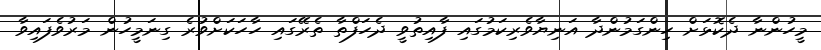
މީހުންނާ ދެކޮޅަށް ހިންގަމުންދާ އަނިޔާވެރިކަމުގައި ފާއިތުވީ ދެހަފްތާ ތެރޭގައި ހާހަކަށްވުރެ ގިނަމީހުން މަރުވެފައިވާ